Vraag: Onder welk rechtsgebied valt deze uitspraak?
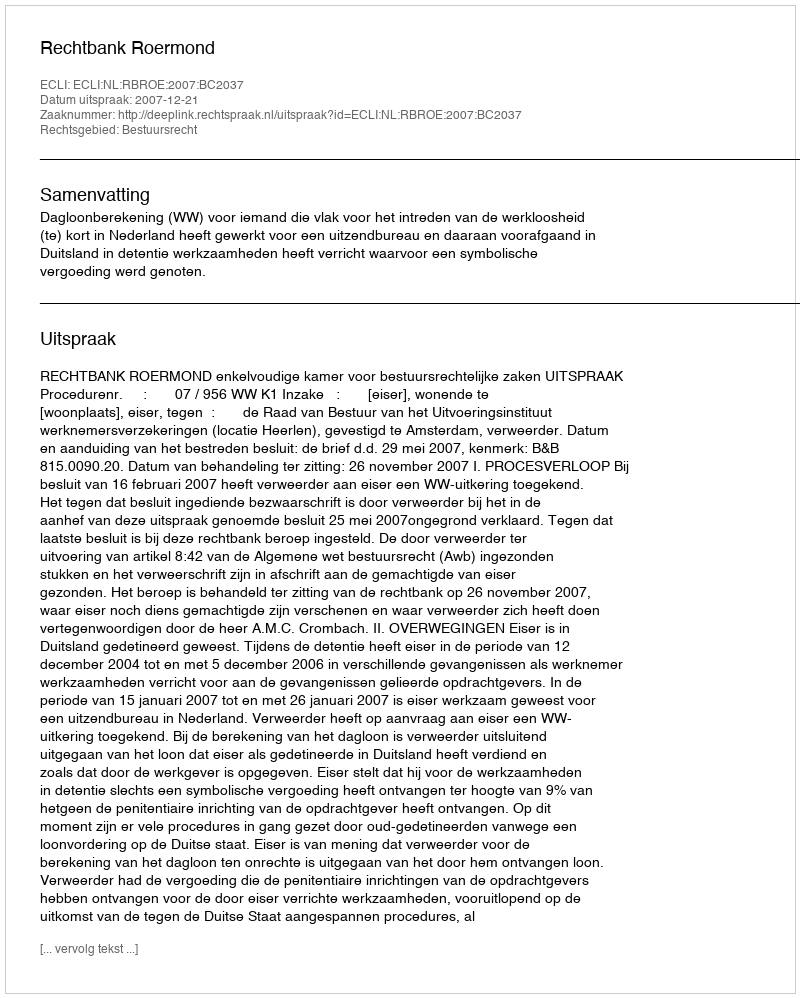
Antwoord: Bestuursrecht